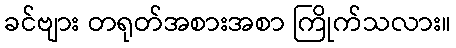
ခင်ဗျား တရုတ်အစားအစာ ကြိုက်သလား။